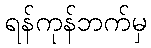
ရန်ကုန်ဘက်မှ